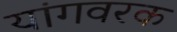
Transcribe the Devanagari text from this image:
यांगवरक